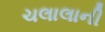
ચલાલાની